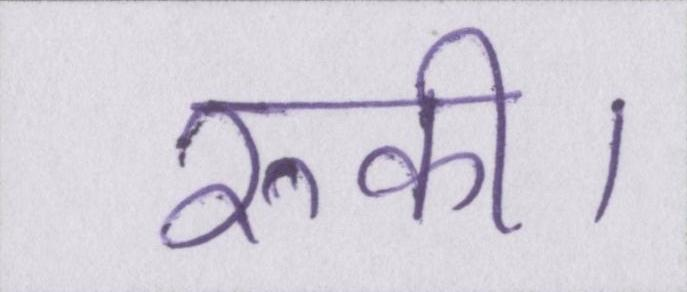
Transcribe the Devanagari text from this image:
रुकी।